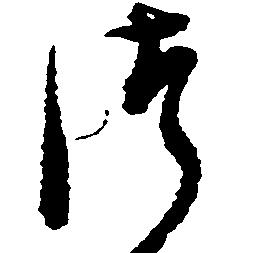
つ